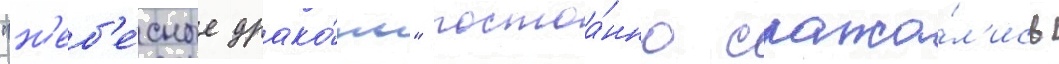
"н'еб'е́сные драко́ны" постоа́нно сража́л'ись